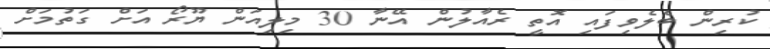
ކުރިން ބެލެވިފައި އޮތީ ރެއާލުން އޭނާ 30 މިލިއަން ޔޫރޯ އަށް ގަތުމަށް